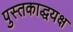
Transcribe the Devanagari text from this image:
पुस्तकाद्धयक्ष